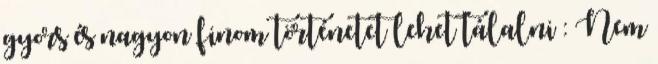
gyors és nagyon finom történetet lehet tálalni : Nem